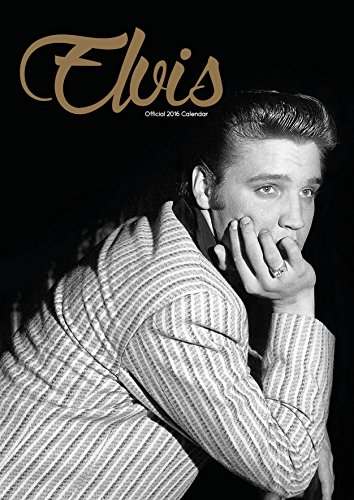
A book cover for The Official Elvis 2016 A3 Calendar; Calendars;